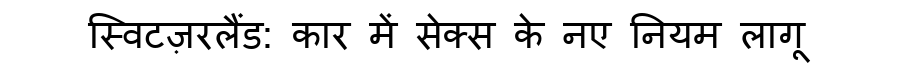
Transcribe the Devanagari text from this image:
स्विटज़रलैंड: कार में सेक्स के नए नियम लागू